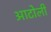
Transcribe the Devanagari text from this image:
आटोली